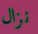
نزال